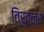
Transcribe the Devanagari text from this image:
तिरुवलुर